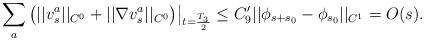
LaTeX: \begin{align*}\sum_a \big( ||v^a_s ||_{C^0} + || \nabla v^a_s||_{C^0} \big) \big|_{t = \frac{T_3}{2} } \leq C_9' || \phi_{s + s_0} - \phi_{s_0} ||_{C^1} = O(s). \end{align*}